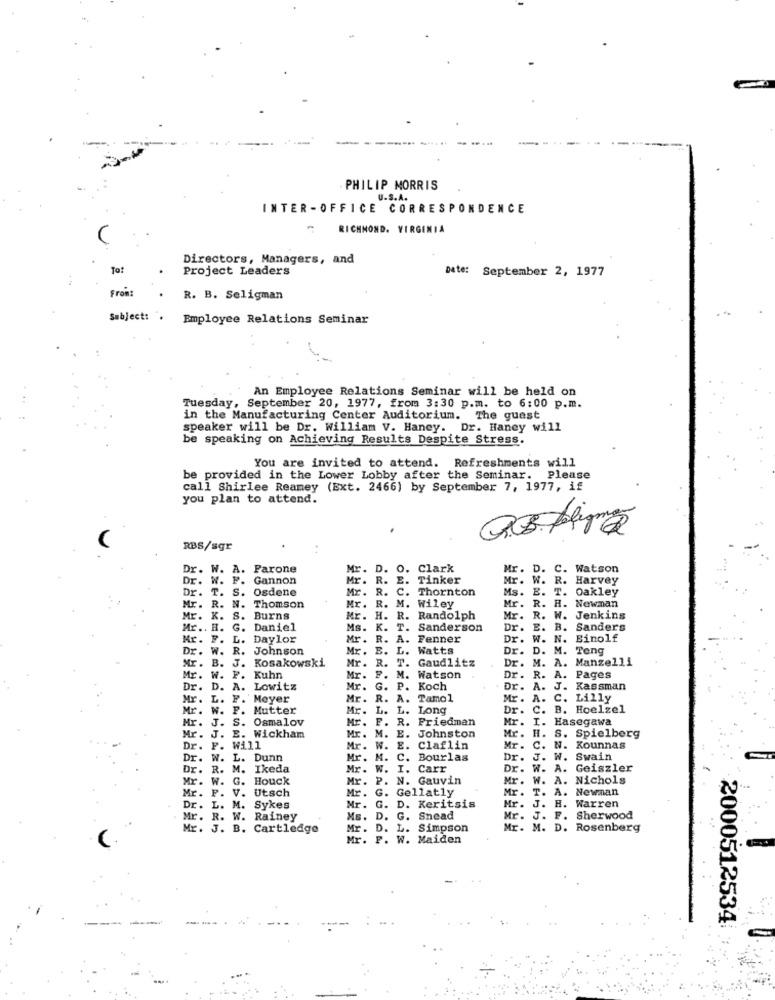
PHILIP MORRIS
U.S.A.
INTER -OFFICE CORRESPONDENCE
RICHMOND, VIRGINIA
Directors, Managers, and
To!
Project Leaders
Date: September 2, 1977
From:
R. B. Seligman
Subject: .
Employee Relations Seminar
An Employee Relations Seminar will be held on
Tuesday, September 20, 1977, from 3:30 p.m. to 6:00 p.m.
in the Manufacturing Center Auditorium. The guest
speaker will be Dr. William V. Haney. Dr. Haney will
be speaking on Achieving Results Despite Stress.
You are invited to attend. Refreshments will
be provided in the Lower Lobby after the Seminar. Please
call Shirlee Reamey (Ext. 2466) by September 7, 1977, if
you plan to attend.
active
RBS/sgr
Dr. W
A. Parone
O.
Clark
Mr
D.
C. Watson
Dr.
Dr. W. F. Gannon
Mr. R. E. Tinker
W. R. Harvey
T. S. Osdene
Mr. R. C. Thornton
Mr. R. C.
Ms.
E. T. Oakley
R.
Mr.
R. H. Newman
Mr.
N.
Thomson
Mr. R. M. Wiley
Mr. K.
S.
Burns
Mr. H. R. Randolph
Mr. H. R.
Mr.
Mr. R.
R.
W. Jenkins
Mr .. H. G.
Daniel
Ms.
K. T.
T. Sanderson
Dr.
E.
B.
Sanders
Mr. F.
L.
Daylor
Mr. R.
A. Fenner
Dr.
W. N. Einolf
Dr. W.
R. Johnson
Mr. B. L.
L. Watts
Dr. D. M. Teng
Mr. B. J. Kosakowski
Mr. R.
T. Gaudlitz
Dr. M. A. Manzelli
Mr. B.
J.
Mr. W. F.
F. Kuhn
Mr.
M. Watson
Dr. R. A. Pages
Dr. D. A. Lowitz
Mr.
G. P. Koch
Dr.
A.
J. Kassman
Mr.
L.
L. F. Meyer
Mr. R. A. Tamol
Tamol
Mr. A. C. Lilly
Mr. W.
F. Mutter
Mr.
Mr. L.
L.
L. Long
Dr.
C.
B. Hoelzel
Mr. J
S. Osmalov
Mr. F. R. Friedman
Mr.
Friedman
Mr.
I.
Hasegawa
Mr. J. E. Wickham
Mr. M.
E.
Johnston
Mr. H. S. Spielberg
Dr. F
Dr. P. Will
Will
Mr. W.
Mr.
E.
Claflin
Mr .
c.
N. Kounnas
Dr. W.
L. Dunn
Mr. M.
C.
Bourlas
Dr.
J.
W. Swain
Dr. R.
M. Ikeda
Mr. W. I.
Carr
Dr.
W.
A. Geiszler
Mr. W. G. Houck
Mr. P. N. Gauvin
Mr .
W. A. Nichols
Mr. P. V. Utsch
Mr. G. Gellatly
Mr .
T. A. Newman
J. H. Warren
Dr. L. M
M. Sykes
Mr. G. D. Keritsis
Mr.
Mr. R
Mr. R. W. Rainey
Ms. D. G.
Snead
Mr.
J. F. Sherwood
Mr. J. B. Cartledge
Mr. D. L. Simpson
Mr. M. D. Rosenberg
Mr. F. W. Maiden
2000512534